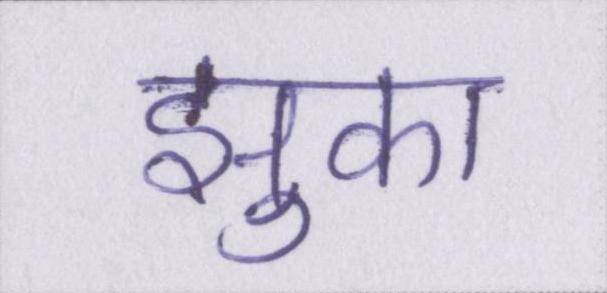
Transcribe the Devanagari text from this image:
झुका